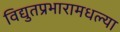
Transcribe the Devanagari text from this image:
विद्युतप्रभारामधल्या